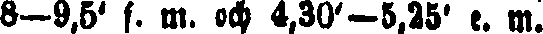
8-9,5' f. m. och 4,30'-5,25' e. m.